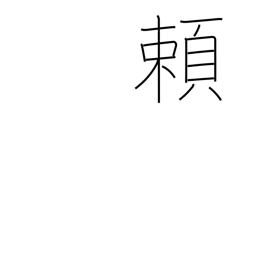
Meaning: trust